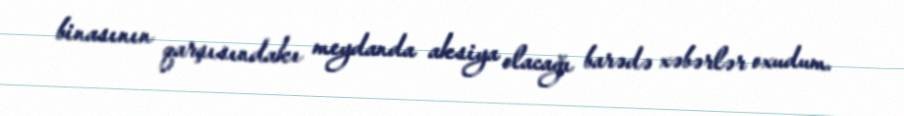
binasının qarşısındakı meydanda aksiya olacağı barədə xəbərlər oxudum.